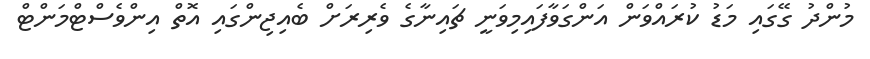
މުންދު ގޭގައި މަޑު ކުރައްވަން އަންގަވާފައިމިވަނީ ޗައިނާގެ ވެރިރަށް ބެއިޖިންގައި އޮތް އިންވެސްޓްމަންޓް